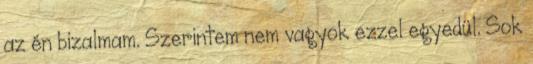
az én bizalmam. Szerintem nem vagyok ezzel egyedül. Sok